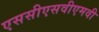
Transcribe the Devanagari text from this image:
एससीएसवीएमवी